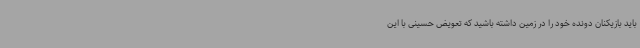
باید بازیکنان دونده خود را در زمین داشته باشید که تعویض حسینی با این